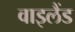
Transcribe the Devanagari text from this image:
वाइलैंड